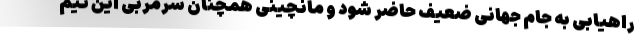
راهیابی به جام جهانی ضعیف حاضر شود و مانچینی همچنان سرمربی این تیم